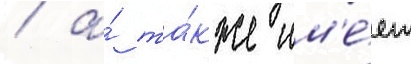
/ а́ та́кже им'е́ет